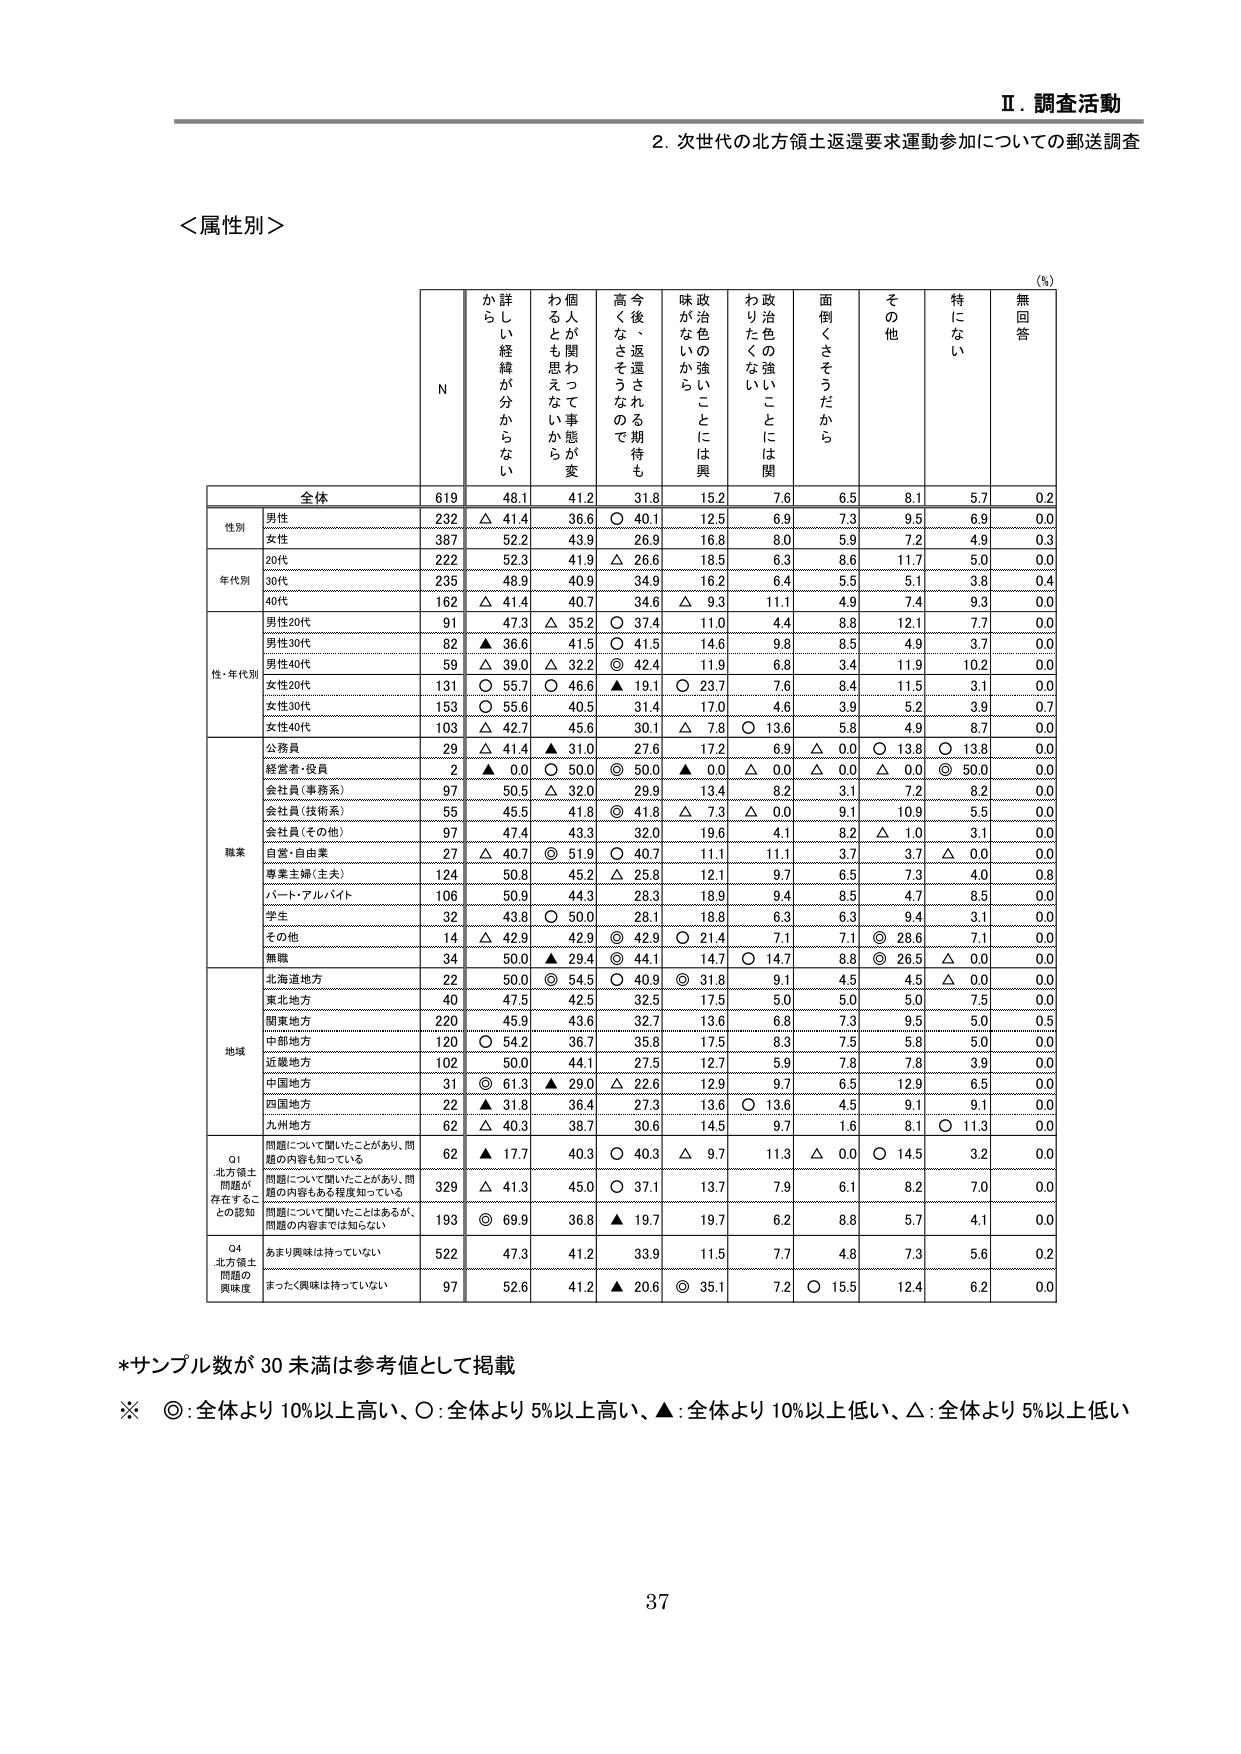
Ⅱ．調査活動
2．次世代の北方領土返還要求運動参加についての郵送調査

＜属性別＞

(%)

N
か
ら
詳
し
い
経
緯
が
分
か
ら
な
い
わ
る
と
も
思
え
な
い
か
ら
個
人
が
関
わ
っ
て
事
態
が
変
今
後
、
返
還
さ
れ
る
期
待
も
高
く
な
さ
そ
う
な
の
で
政
治
色
の
強
い
こ
と
に
は
興
味
が
な
い
か
ら
わ
り
た
く
な
い
政
治
色
の
強
い
こ
と
に
は
関
面
倒
く
さ
そ
う
だ
か
ら
そ
の
他
特
に
な
い
無
回
答

全体
619
48.1
41.2
31.8
15.2
7.6
6.5
8.1
5.7
0.2

性別
男性
232
△ 41.4
36.6
○ 40.1
12.5
6.9
7.3
9.5
6.9
0.0
女性
387
52.2
43.9
26.9
16.8
8.0
5.9
7.2
4.9
0.3

年代別
20代
222
52.3
41.9
△ 26.6
18.5
6.3
8.6
11.7
5.0
0.0
30代
235
48.9
40.9
34.9
16.2
6.4
5.5
5.1
3.8
0.4
40代
162
△ 41.4
40.7
34.6
△ 9.3
11.1
4.9
7.4
9.3
0.0

性・年代別
男性20代
91
47.3
△ 35.2
○ 37.4
11.0
4.4
8.8
12.1
7.7
0.0
男性30代
82
▲ 36.6
41.5
○ 41.5
14.6
9.8
8.5
4.9
3.7
0.0
男性40代
59
△ 39.0
△ 32.2
◎ 42.4
11.9
6.8
3.4
11.9
10.2
0.0
女性20代
131
○ 55.7
○ 46.6
▲ 19.1
○ 23.7
7.6
8.4
11.5
3.1
0.0
女性30代
153
○ 55.6
40.5
31.4
17.0
4.6
3.9
5.2
3.9
0.7
女性40代
103
△ 42.7
45.6
30.1
△ 7.8
○ 13.6
5.8
4.9
8.7
0.0

職業
公務員
29
△ 41.4
▲ 31.0
27.6
17.2
6.9
△ 0.0
○ 13.8
○ 13.8
0.0
経営者・役員
2
▲ 0.0
○ 50.0
◎ 50.0
▲ 0.0
△ 0.0
△ 0.0
△ 0.0
◎ 50.0
0.0
会社員（事務系）
97
50.5
△ 32.0
29.9
13.4
8.2
3.1
7.2
8.2
0.0
会社員（技術系）
55
45.5
41.8
◎ 41.8
△ 7.3
△ 0.0
9.1
10.9
5.5
0.0
会社員（その他）
97
47.4
43.3
32.0
19.6
4.1
8.2
△ 1.0
3.1
0.0
自営・自由業
27
△ 40.7
◎ 51.9
○ 40.7
11.1
11.1
3.7
3.7
△ 0.0
0.0
専業主婦（主夫）
124
50.8
45.2
△ 25.8
12.1
9.7
6.5
7.3
4.0
0.8
パート・アルバイト
106
50.9
44.3
28.3
18.9
9.4
8.5
4.7
8.5
0.0
学生
32
43.8
○ 50.0
28.1
18.8
6.3
6.3
9.4
3.1
0.0
その他
14
△ 42.9
42.9
◎ 42.9
○ 21.4
7.1
7.1
◎ 28.6
7.1
0.0
無職
34
50.0
▲ 29.4
◎ 44.1
14.7
○ 14.7
8.8
◎ 26.5
△ 0.0
0.0

地域
北海道地方
22
50.0
◎ 54.5
○ 40.9
◎ 31.8
9.1
4.5
4.5
△ 0.0
0.0
東北地方
40
47.5
42.5
32.5
17.5
5.0
5.0
5.0
7.5
0.0
関東地方
220
45.9
43.6
32.7
13.6
6.8
7.3
9.5
5.0
0.5
中部地方
120
○ 54.2
36.7
35.8
17.5
8.3
7.5
5.8
5.0
0.0
近畿地方
102
50.0
44.1
27.5
12.7
5.9
7.8
7.8
3.9
0.0
中国地方
31
◎ 61.3
▲ 29.0
△ 22.6
12.9
9.7
6.5
12.9
6.5
0.0
四国地方
22
▲ 31.8
36.4
27.3
13.6
○ 13.6
4.5
9.1
9.1
0.0
九州地方
62
△ 40.3
38.7
30.6
14.5
9.7
1.6
8.1
○ 11.3
0.0

Q1
北方領土
問題が
存在するこ
との認知
問題について聞いたことがあり、問
題の内容も知っている
62
▲ 17.7
40.3
○ 40.3
△ 9.7
11.3
△ 0.0
○ 14.5
3.2
0.0
問題について聞いたことがあり、問
題の内容もある程度知っている
329
△ 41.3
45.0
○ 37.1
13.7
7.9
6.1
8.2
7.0
0.0
問題について聞いたことはあるが、
問題の内容までは知らない
193
◎ 69.9
36.8
▲ 19.7
19.7
6.2
8.8
5.7
4.1
0.0

Q4
北方領土
問題の
興味度
あまり興味は持っていない
522
47.3
41.2
33.9
11.5
7.7
4.8
7.3
5.6
0.2
まったく興味は持っていない
97
52.6
41.2
▲ 20.6
◎ 35.1
7.2
○ 15.5
12.4
6.2
0.0

*サンプル数が30未満は参考値として掲載
※ ◎：全体より10%以上高い、○：全体より5%以上高い、▲：全体より10%以上低い、△：全体より5%以上低い

37